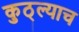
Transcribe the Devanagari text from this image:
कुठ्ल्याच